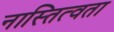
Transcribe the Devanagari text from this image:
नास्तित्वता